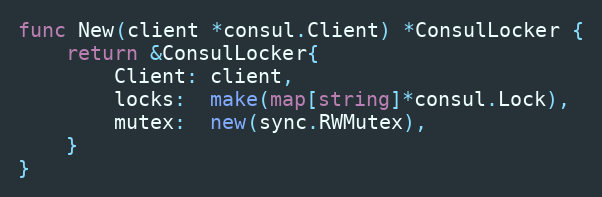
Language: Go
func New(client *consul.Client) *ConsulLocker {
	return &ConsulLocker{
		Client: client,
		locks:  make(map[string]*consul.Lock),
		mutex:  new(sync.RWMutex),
	}
}